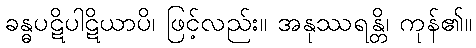
ခန္ဓပဋိပါဋိယာပိ၊ ဖြင့်လည်း။ အနုဿရန္တိ၊ ကုန်၏။